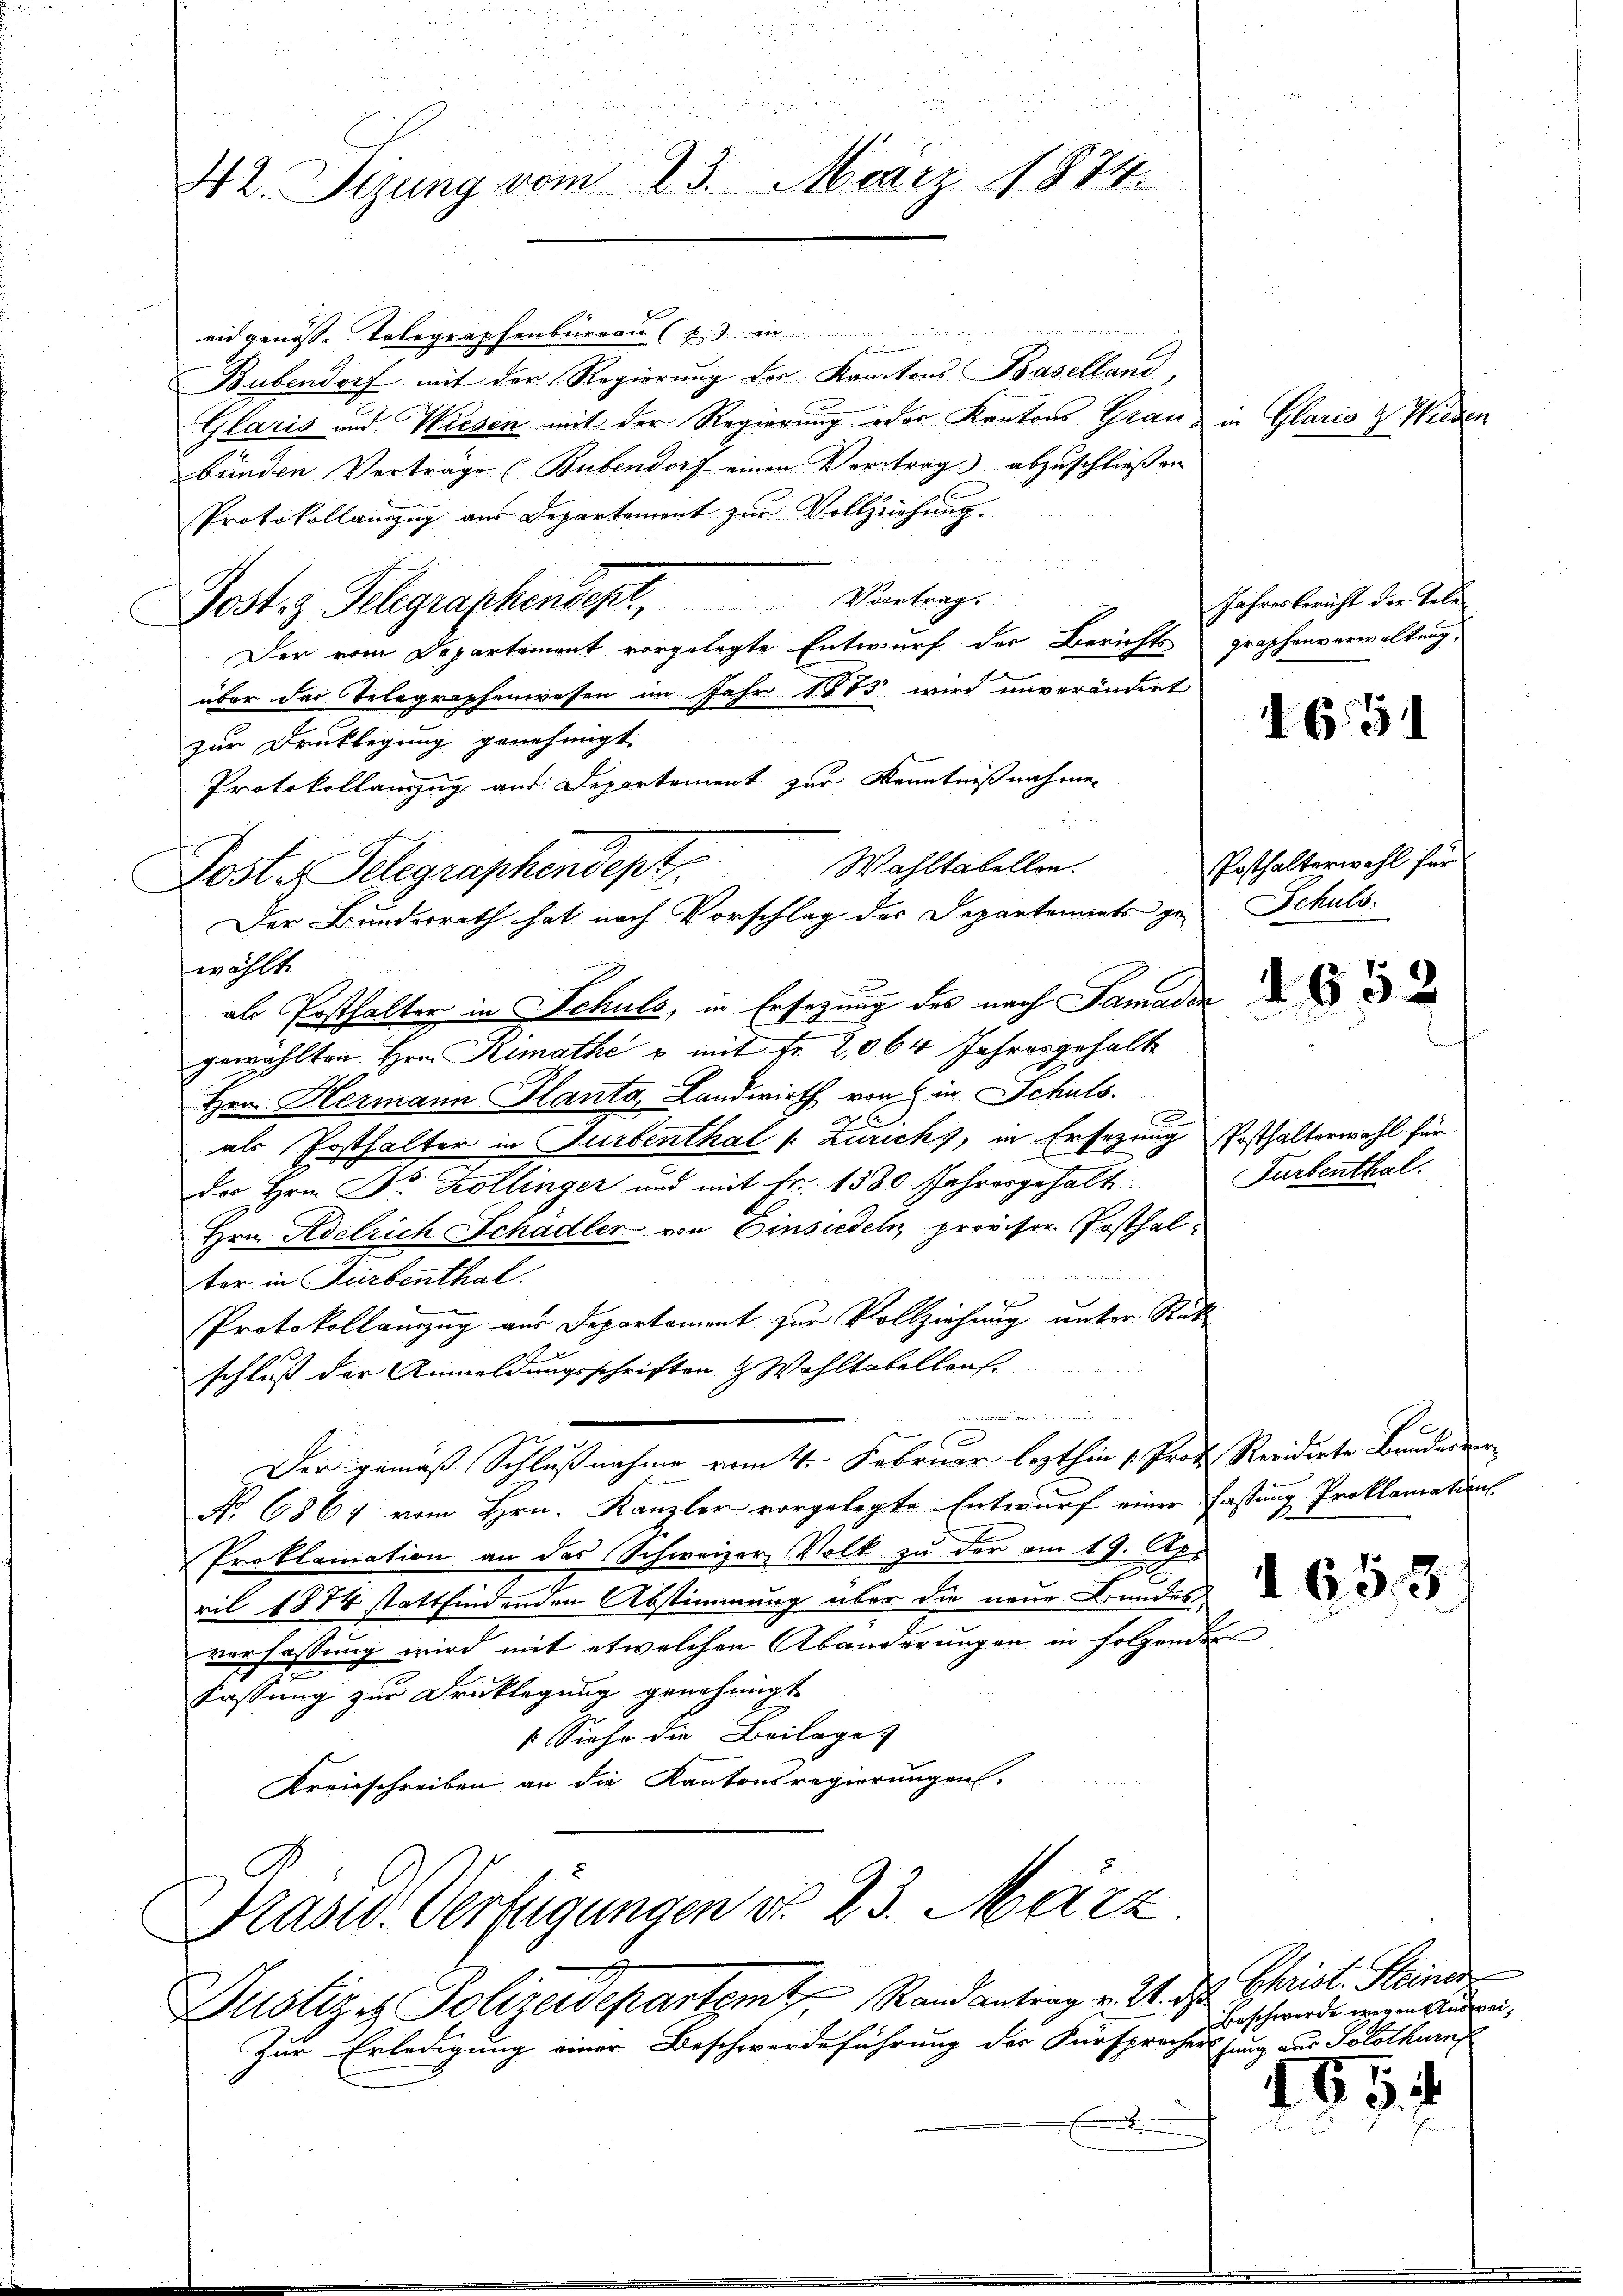
um der
eidgenöss. Telegraphenbureau (x) in
Bubendorf mit der Regierung der Kantons Baselland,
Glaris und Wiesen mit der Regierung oder Kantons Grauz
bunden Verträge (Bubendorf einen Vertrag abzuschließen
Protokollauszug aus Departement zur Vollziehung.
Jostiz Gelegraphendept, Vertrag
Der vom Departement vorgelegte Entwurf der Berichts
über das Telegraphenwesen im Jahr 1883 wird unverändert
zur Drucklegung genehmigt.
Protokollauszug aus Departement zur Kenntnißnahmen

als Ersthalter in Schuls, in Ersezung des nach Samaden
gewählten Hrn. Simathe u mit Fr. 2064 Jahresgehalt
Hrn. Hermann Planta, Landwirth von in Schuls.
als Posthalter in Turbenthal (: Zurichs, in Ersezung Posthalterwahl für
der Hrn. Dr. Zollinger und mit Fr. 1380 Jahresgehalt
Hrn. Adelrich Schädler von Einsiedel provisor. Posthalter in Turbenthal.
Protokollauszug aus Departament zur Vollziehung unter Stick
schluß der Anmeldungsschriften & Wohltabellens

.
Der gemäß Schlußnahme vom 4. Februar lezthin 1. Prof. Revidirte Bruderver¬
No 6867 vom Hrn. Kanzler vorgelegte Entwurf einer Fastung Proklamations
Proklamation an das Schweizer Volk zu der am 19. Apr
ril 1874 stattfindenden Abstimmung über die neue Bundes
verfassung wird mit etwelchen Abänderungen in folgender
Fassung zur Drucklegung genehmigt
 Siehe die Beilage
Kreisschreiben an die Kantonsregierungen.
Drasid. Verfügungen No 23. März
Justiz & Polizeidepartamt Stand antrag v. 2. d. Christ. Steiner
Zur Erledigung einer Beschwerdeführung der Fürsprecher jung aus Solothurn,

42. Sizung vom 23. März 1874.

Poster Telegraphendept. Wahltabellen.
Der Bunderrath hat nach Vorschlag des Separtements gewählt.

in Glaris & Wiesen

Jahresbericht der Telegraphenverwaltung,

655

Posthalterwohl für
Schuls

165.

Turbenthal.

h

e

1655

185

Beschwerde wegen Auswei¬